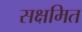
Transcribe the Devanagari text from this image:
सक्षमित